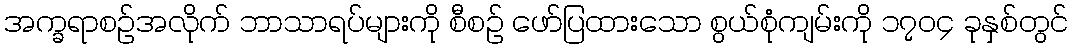
အက္ခရာစဉ်အလိုက် ဘာသာရပ်များကို စီစဉ် ဖော်ပြထားသော စွယ်စုံကျမ်းကို ၁၇၀၄ ခုနှစ်တွင်